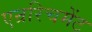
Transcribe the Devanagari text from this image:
एन्ररिचमेंट